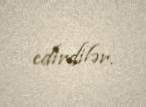
edirdilər.